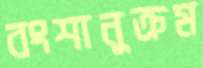
বংশানুক্রম